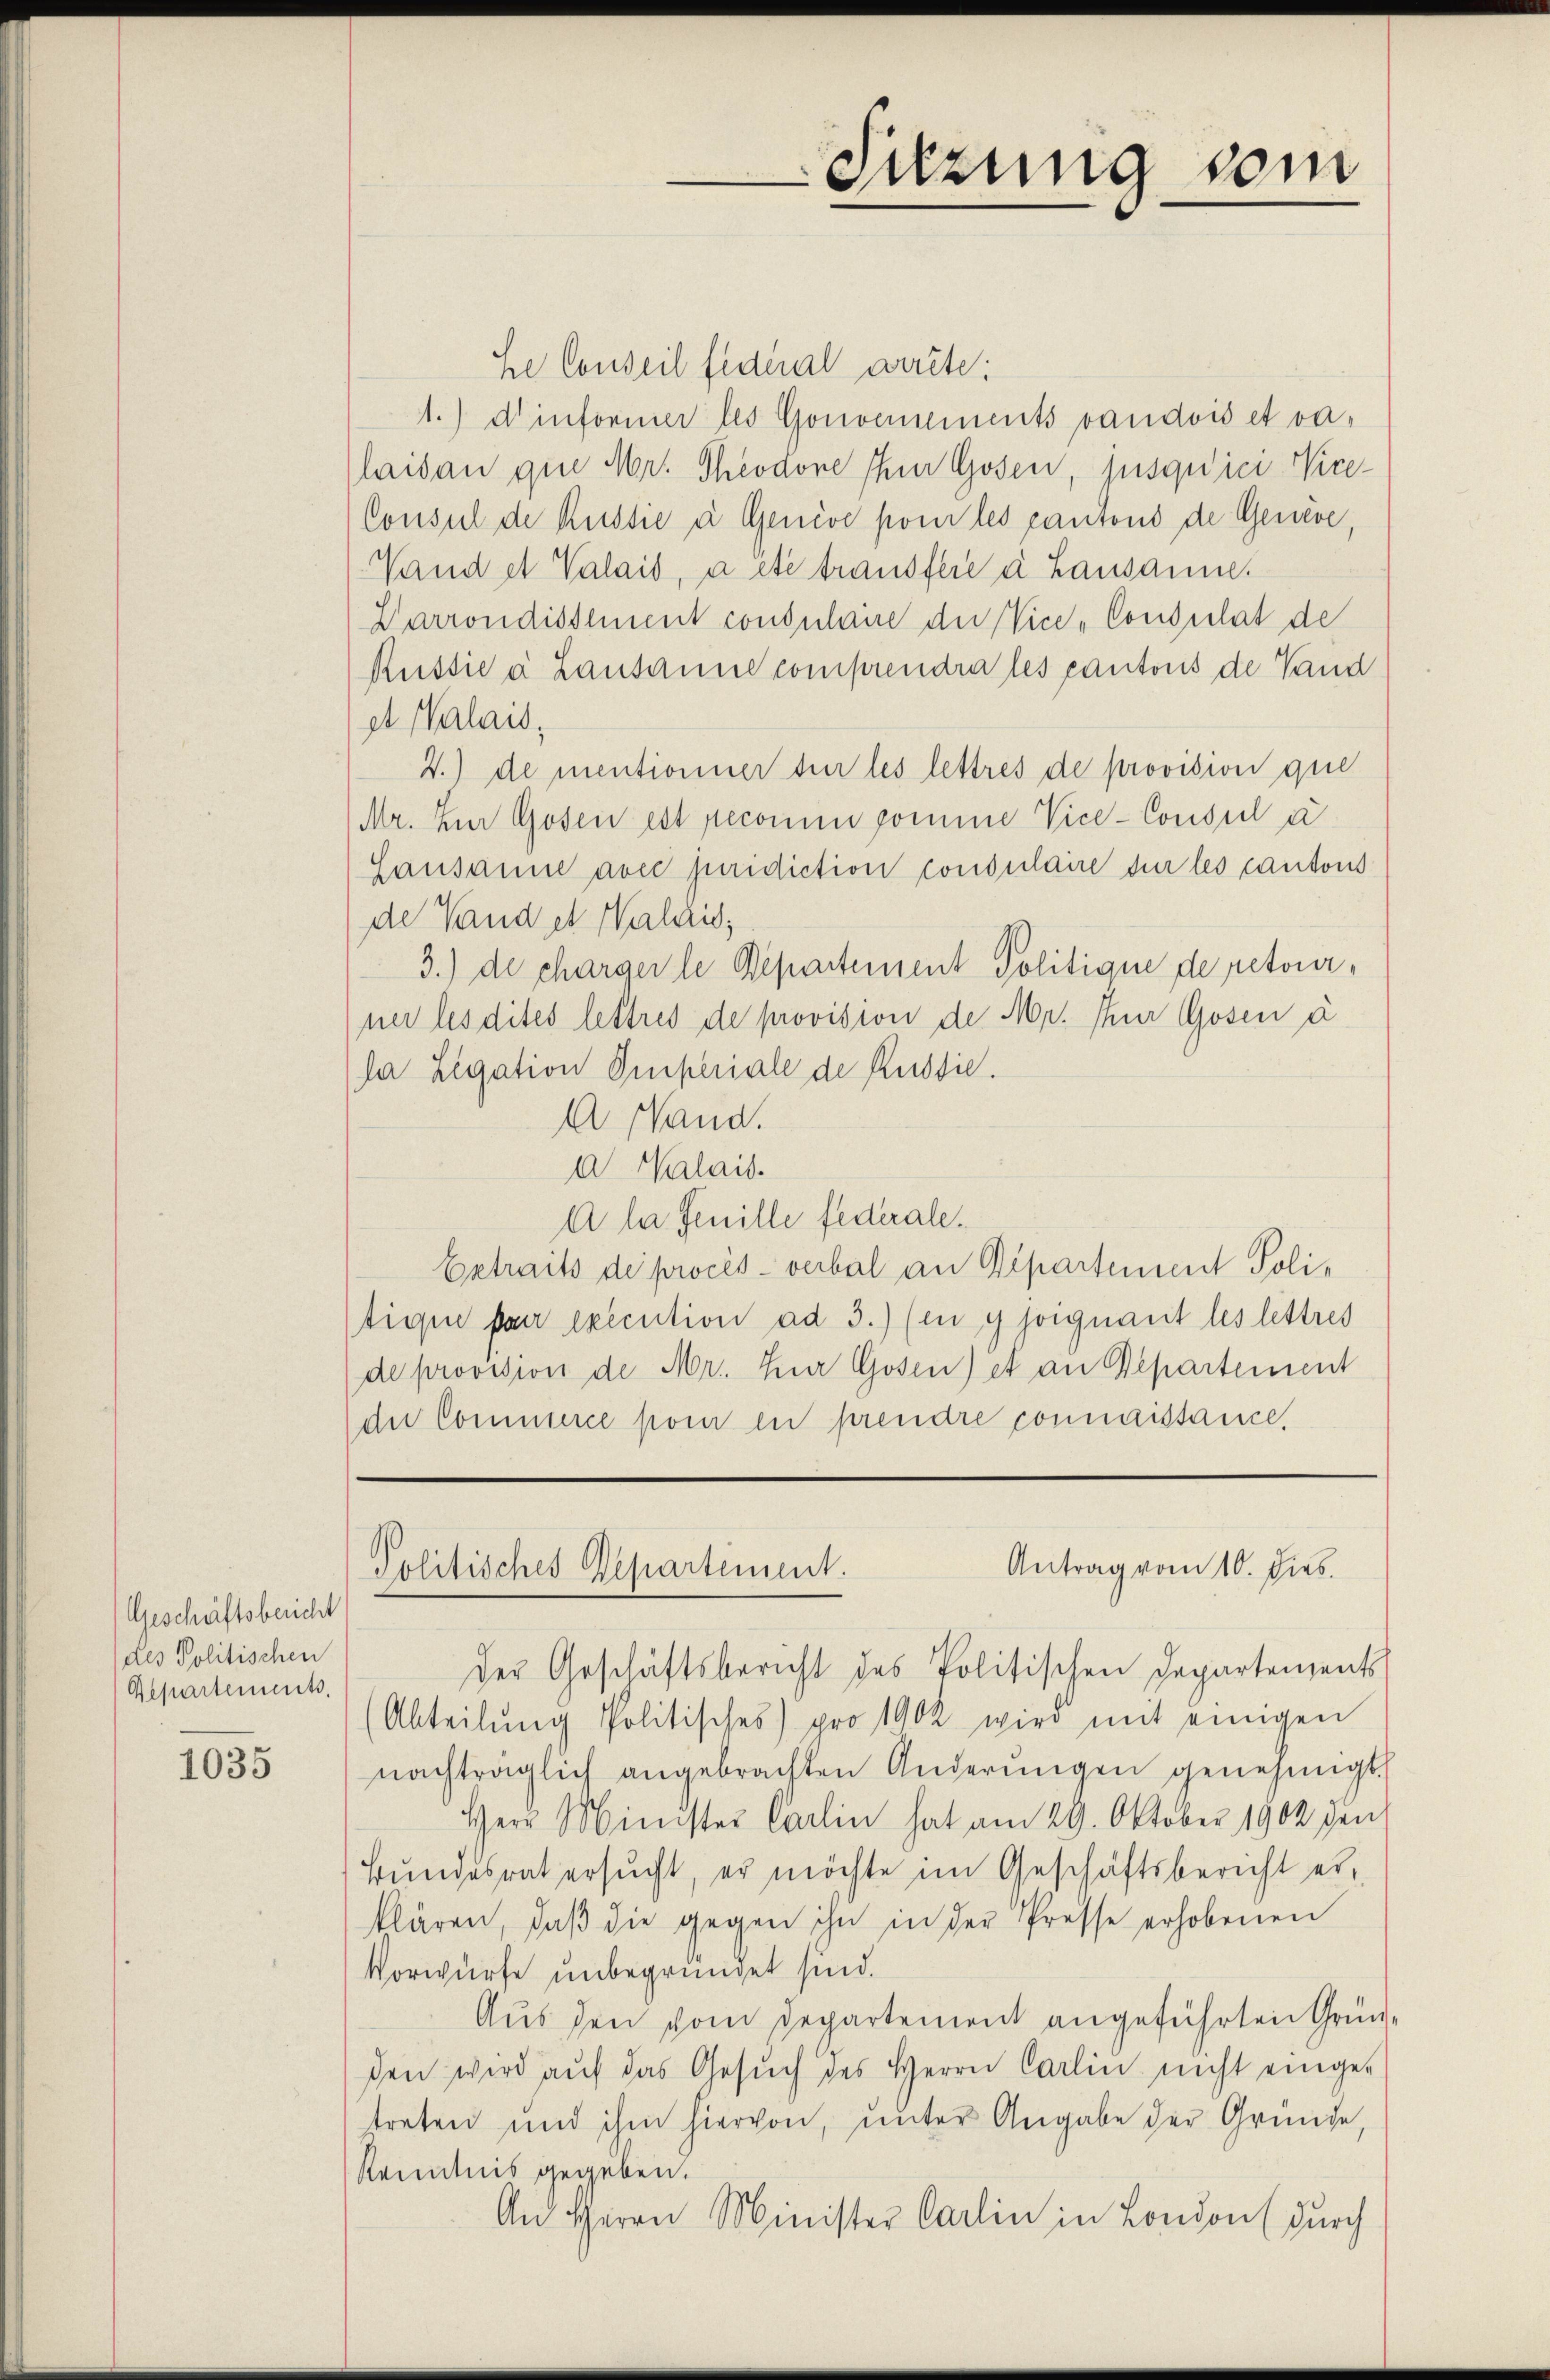
Geschäftsbericht
des Politischen
Departements.

1035

He Conseil fideal arrête.
1.) dr informer les Gouvernements vaudois et valaidau que Mr. Theodone Ihn Gosen, jusquici- Vice¬
Consul de Rustie à Genève pom les cantons de Genève,
Wand et Valais, à etc transfeie à Lausanne.
Parrondissement consulaire der Vice-Consulat de
Russie a Lausanne comprendra les cantons de Land
et Palais,
2.) de mentionner sur les lettres de provision que
Mr. Zur Gosen est peconum comme Vice-Consul d
Lausanne avec juridiction consulaire sur les cantons
de Hand et Walais,
3.) de charger le Departement Politique de retourner les dites lettres de provision de Mr. Nur Gosen a
da Legation Imperiale de Russie.
A Hand.
a Valais.
A la feuille federale.
Betraits de procès-verbal an Departement Politique par execution ad 3.) (in y joignant les lettres
de provision de Mr. Zur Gosen) et an Departement
die Commerce pom in prendre connaissance,
Antrag vom 10. dies
Politisches Departement.
der Geschäftsbericht des Politischen Departements
(Abteilŭng Politisches) pro 1902 wird mit einigen
nachträglich angebrachten Änderungen genehmigt.
Herr Minister Carlin hat am 29. Oktober 1902 den
Bundesrat ersŭcht, er möchte im Geschäftsbericht erklären, daβ die gegen ihn in der Presse erhobenen
Vorwürfe unbegründet sind.
Aus den vom Departement angeführten Gründen wird auf das Gesuch des Herrn Carlin nicht eingetreten und ihm hiervon, unter Angabe der Gründe,
Kenntnis gegeben.
An Herrn Minister Carlin in London (durch

Sitzung vom